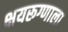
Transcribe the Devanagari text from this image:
क्षयरूग्णाला